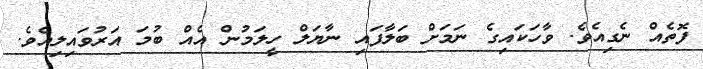
ފޮތެއް ނެގިއެވެ. ވާހަކައިގެ ނަމަށް ބަލާފައި ނާޔަލް ހީލަމުން އެއް ބުމަ އަރުވައިލިއެވެ.